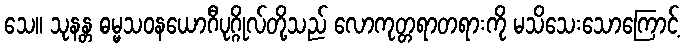
သေ။ သုနန္တ ဓမ္မသဝနယောဂီပုဂ္ဂိုလ်တို့သည် လောကုတ္တရာတရားကို မသိသေးသောကြောင့်